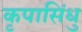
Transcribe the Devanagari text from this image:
कृपासिंधु